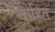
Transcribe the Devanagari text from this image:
दोहित